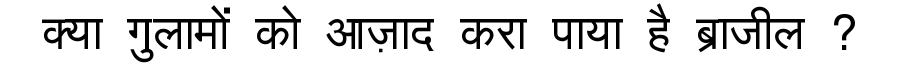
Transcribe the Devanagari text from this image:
क्या गुलामों को आज़ाद करा पाया है ब्राजील ?